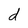
Character: d